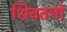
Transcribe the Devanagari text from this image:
शिवतमो